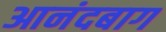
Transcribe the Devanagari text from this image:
आनंदबाग